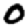
Digit: 0